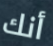
أنك